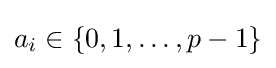
a_{i}\in \{0,1,\ldots ,p-1\}